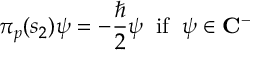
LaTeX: \pi _ { p } ( s _ { 2 } ) \psi = - \frac { \hbar } 2 \psi \; \; \mathrm { i } \mathrm { f } \; \; \psi \in { \bf C } ^ { - }